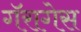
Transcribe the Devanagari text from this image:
गॅरागेस